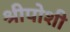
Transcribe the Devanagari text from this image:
श्रीपोशी